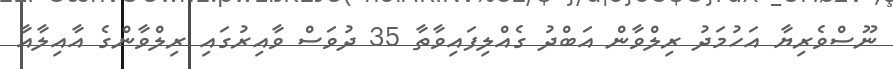
ނޫސްވެރިޔާ އަހުމަދު ރިލްވާން އަބްދު ގެއްލިފައިވާތާ 35 ދުވަސް ވާއިރުގައި ރިލްވާންގެ އާއިލާއާ